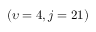
\left( \upsilon = 4 , j = 2 1 \right)